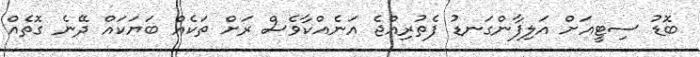
ބޮޑު ސިޓީއަށް އަލިފާންގަނޑު ފެތުރިއްޖެ އަނެއްކާވެސް ރަށް ތަކެއް ބަޔަކައް ދޭނެ ގޮތެއް